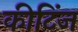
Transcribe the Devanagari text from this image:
कीटिंज